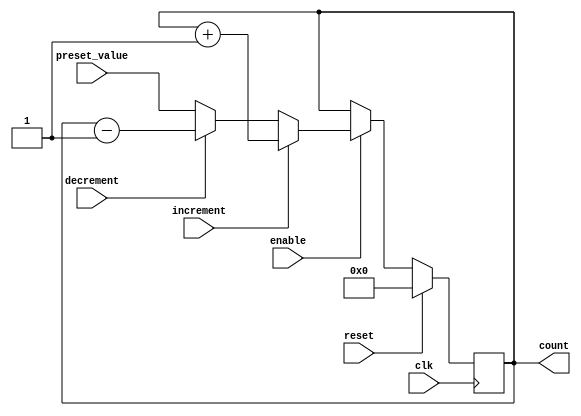
module Counter (
    input clk,
    input reset,
    input enable,
    input increment,
    input decrement,
    input [7:0] preset_value,
    output reg [7:0] count
);

always @(posedge clk) begin
    if (reset) begin
        count <= 8'h00;
    end else if (enable) begin
        if (increment) begin
            count <= count + 1;
        end else if (decrement) begin
            count <= count - 1;
        end else begin
            count <= preset_value;
        end
    end
end

endmodule